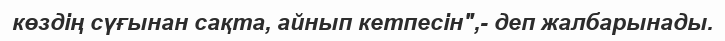
көздің сүғынан сақта, айнып кетпесін",- деп жалбарынады.